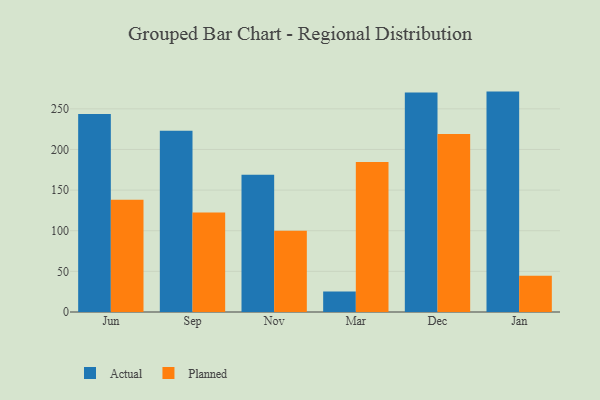
{"axis": {"x": "Month", "y": "Tickets Resolved"}, "legend": ["Actual", "Planned"], "data": [{"x": "Jun", "y": 243.5, "type": "Actual"}, {"x": "Jun", "y": 138.2, "type": "Planned"}, {"x": "Sep", "y": 222.9, "type": "Actual"}, {"x": "Sep", "y": 122.3, "type": "Planned"}, {"x": "Nov", "y": 169.0, "type": "Actual"}, {"x": "Nov", "y": 100.1, "type": "Planned"}, {"x": "Mar", "y": 25.2, "type": "Actual"}, {"x": "Mar", "y": 184.7, "type": "Planned"}, {"x": "Dec", "y": 270.0, "type": "Actual"}, {"x": "Dec", "y": 219.1, "type": "Planned"}, {"x": "Jan", "y": 271.2, "type": "Actual"}, {"x": "Jan", "y": 44.5, "type": "Planned"}]}